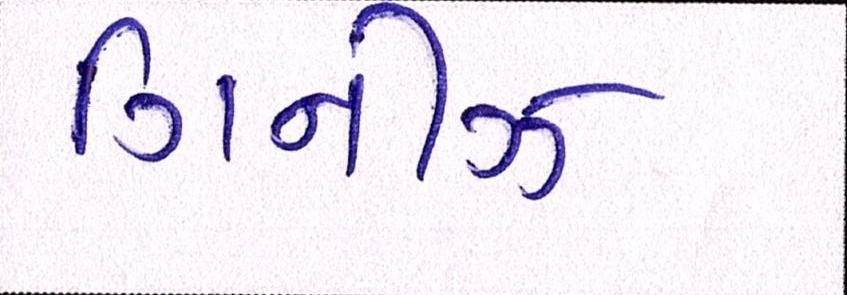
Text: ગિનીઝ